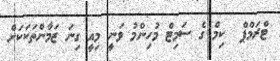
ޓްރަމްޕް  ކިމް ގެ ސަމިޓް މުހިންމު ވަނީ މިއީ ގިނަ ޒަމާންތަކަކަށް